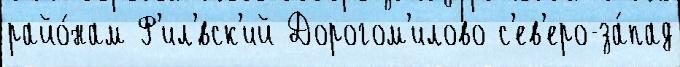
райо́нам Ф'ил'́вск'ий Дорогом'илово с'ев'еро-за́пад